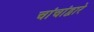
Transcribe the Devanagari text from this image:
चांचांद्वारे